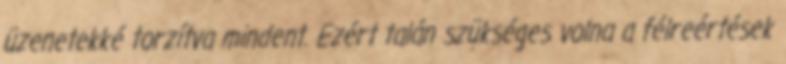
üzenetekké torzítva mindent. Ezért talán szükséges volna a félreértések